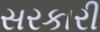
સરકારી